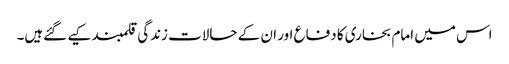
اس میں امام بخاری کا دفاع اور ان کے حالات زندگی قلمبند کیے گئےہیں۔